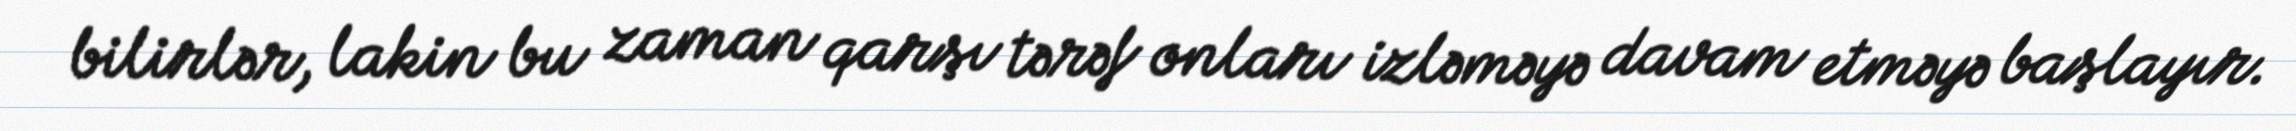
bilirlər, lakin bu zaman qarşı tərəf onları izləməyə davam etməyə başlayır.